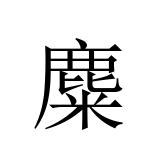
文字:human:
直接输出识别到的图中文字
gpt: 麋